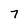
Character: 7